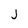
Character: j